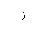
Letter: _zay